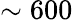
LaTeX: \sim 600